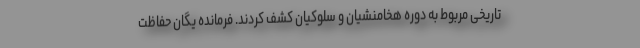
تاریخی مربوط به دوره هخامنشیان و سلوکیان کشف کردند. فرمانده یگان حفاظت